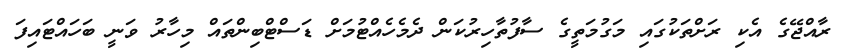
ރާއްޖޭގެ އެކި ރަށްތަކުގައި މަގުމަތީގެ ސާފުތާހިރުކަން ދެމެހެއްޓުމަށް ޑަސްޓްބިންތައް މިހާރު ވަނީ ބަހައްޓައިފަ